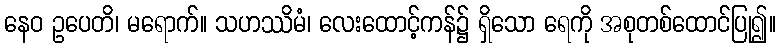
နေဝ ဥပေတိ၊ မရောက်။ သဟဿိမံ၊ လေးထောင့်ကန်၌ ရှိသော ရေကို အစုတစ်ထောင်ပြု၍။